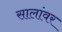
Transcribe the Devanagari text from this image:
सालांवर